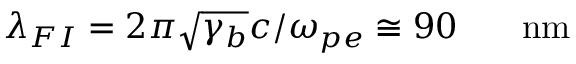
\lambda _ { F I } = 2 \pi \sqrt { \gamma _ { b } } c / \omega _ { p e } \cong 9 0 \ensuremath { \mathrm { ~ \textrm ~ { ~ \, ~ } ~ } } \ensuremath { \mathrm { n m } }